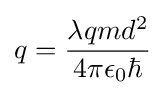
q={\frac {\lambda qmd^{2}}{4\pi \epsilon _{0}\hbar }}